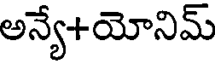
అన్యే+యోనిమ్